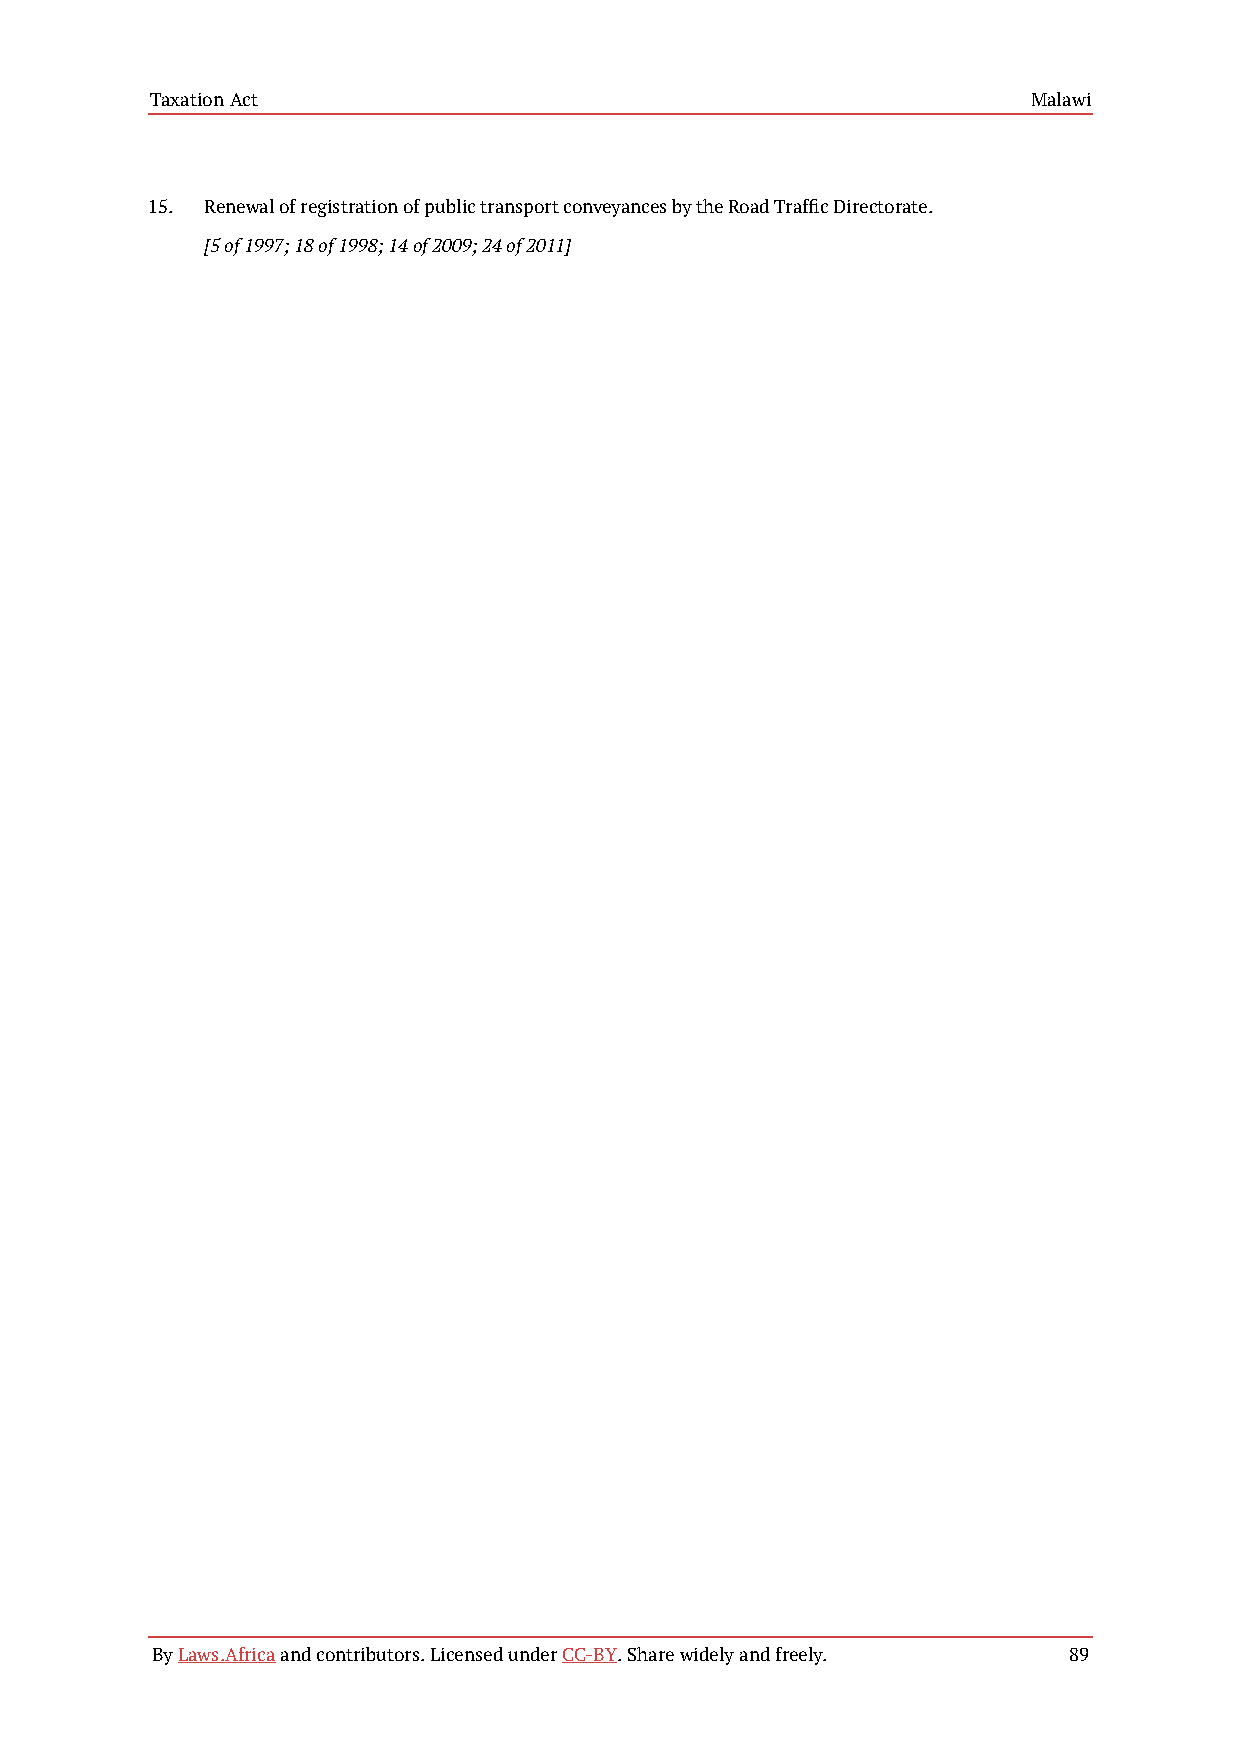
Taxation Act                                              Malawi
 15. Renewal of registration of public transport conveyances by the Road Traffic Directorate.
 [5 of 1997; 18 of 1998; 14 of 2009; 24 of 2011]
 By Laws.Africa and contributors. Licensed under CC-BY. Share widely and freely. 89